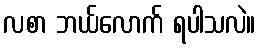
လစာ ဘယ်လောက် ရပါသလဲ။